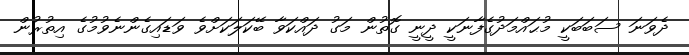
ދެވަނަ ސަބަބަކީ މުޙައްމަދުގެފާނަކީ ދީނީ ގޮތުން މަގު ދައްކަވާ ބޭކަލަކަށްވެ ވަޑައިގެންނެވުމުގެ އިތުރުން